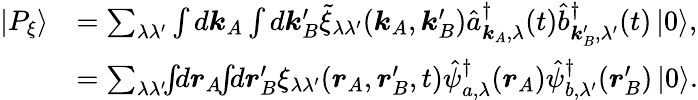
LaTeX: \begin{array}{rl}{\left|P_{\xi}\right\rangle}&{=\sum_{\lambda\lambda^{\prime}}\int d\boldsymbol{k}_{A}\int d\boldsymbol{k}_{B}^{\prime}\tilde{\xi}_{\lambda\lambda^{\prime}}(\boldsymbol{k}_{A},\boldsymbol{k}_{B}^{\prime})\hat{a}_{\boldsymbol{k}_{A},\lambda}^{\dagger}(t)\hat{b}_{\boldsymbol{k}_{B}^{\prime},\lambda^{\prime}}^{\dagger}(t)\left|0\right\rangle,}\\ &{=\sum_{\lambda\lambda^{\prime}}\! \! \int\! \! d\boldsymbol{r}_{A}\! \! \int\! \! d\boldsymbol{r}_{B}^{\prime}\xi_{\lambda\lambda^{\prime}}(\boldsymbol{r}_{A},\boldsymbol{r}_{B}^{\prime},t)\hat{\psi}_{a,\lambda}^{\dagger}(\boldsymbol{r}_{A})\hat{\psi}_{b,\lambda^{\prime}}^{\dagger}(\boldsymbol{r}_{B}^{\prime})\left|0\right\rangle.}\end{array}